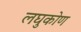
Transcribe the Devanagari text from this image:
लघुकोण